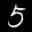
Label: 5